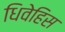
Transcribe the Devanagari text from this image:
धिवेहिस